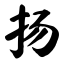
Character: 扬